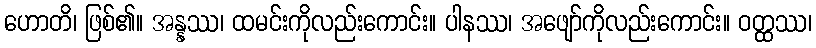
ဟောတိ၊ ဖြစ်၏။ အန္နဿ၊ ထမင်းကိုလည်းကောင်း။ ပါနဿ၊ အဖျော်ကိုလည်းကောင်း။ ဝတ္ထဿ၊